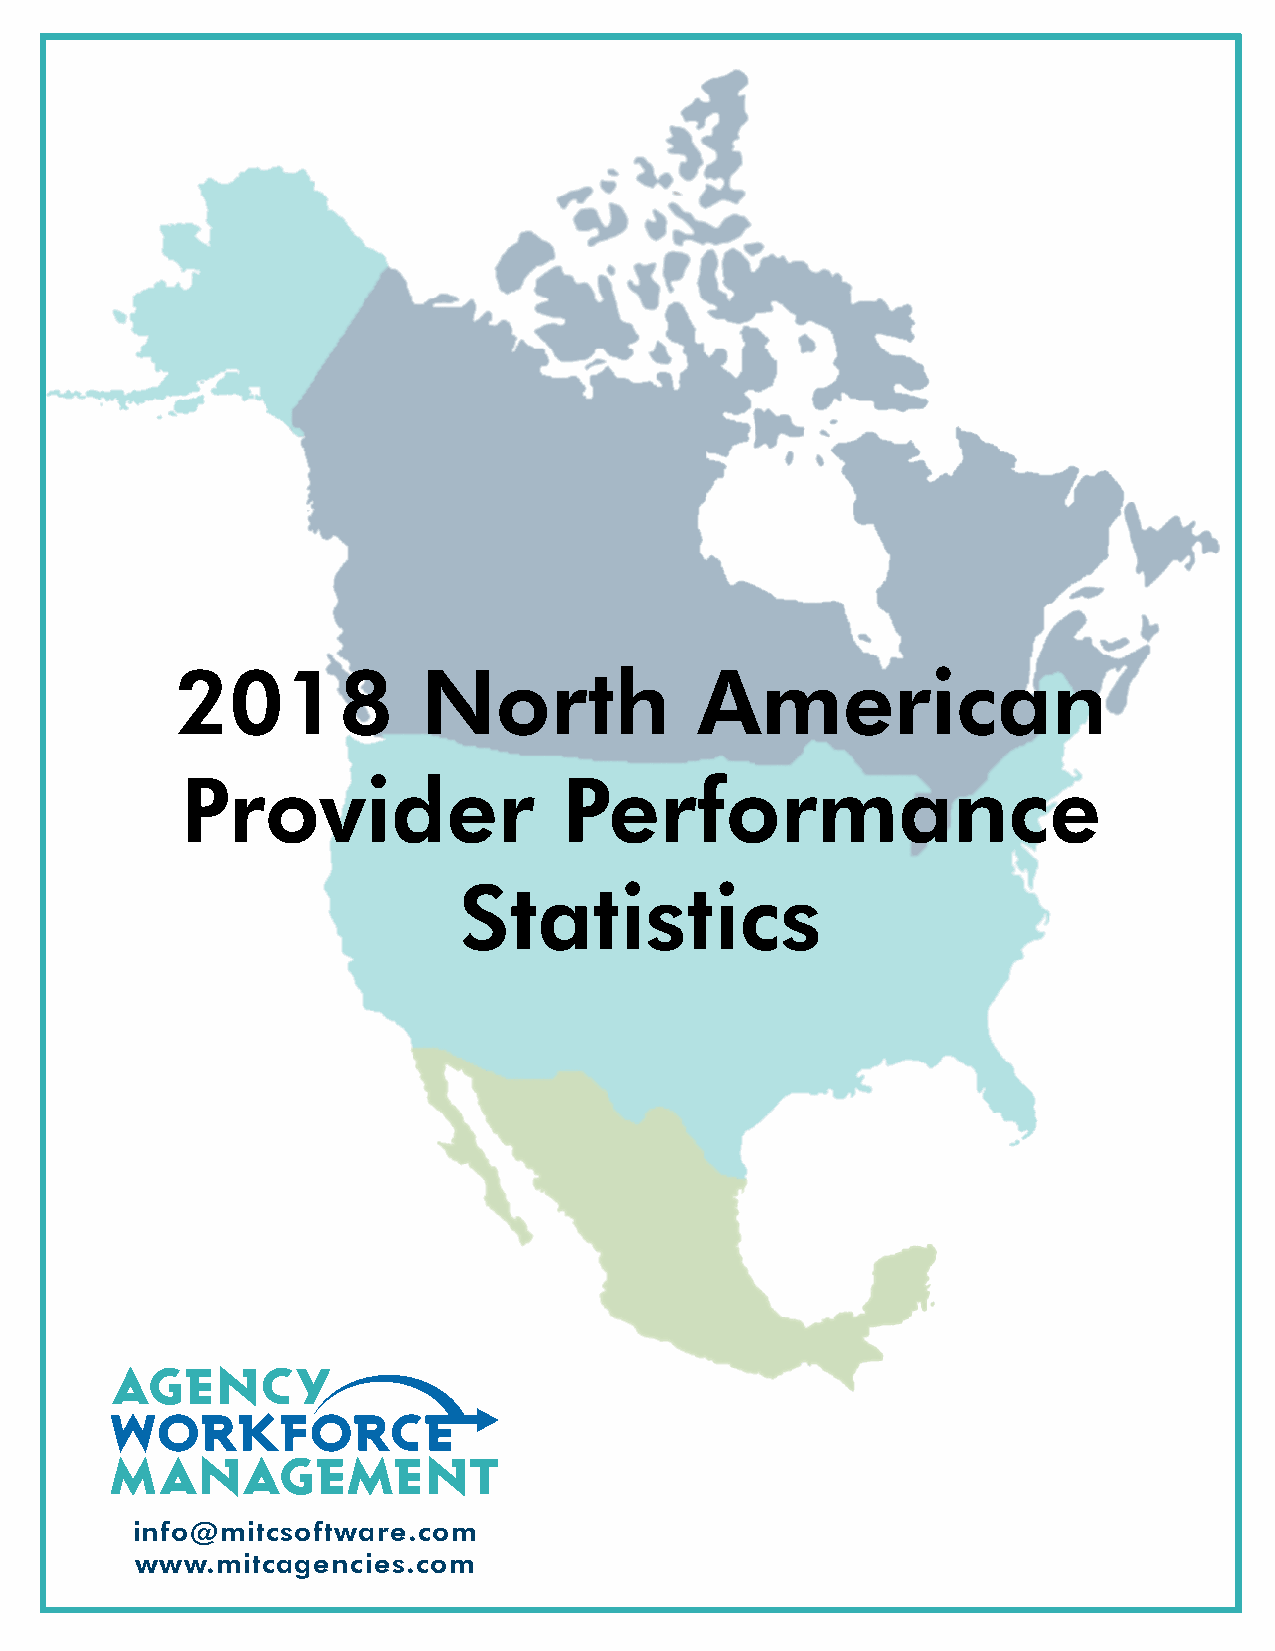
2018            North             American
 Provider                 Performance
 Statistics
 info@mitcsoftware.com
 www.mitcagencies.com